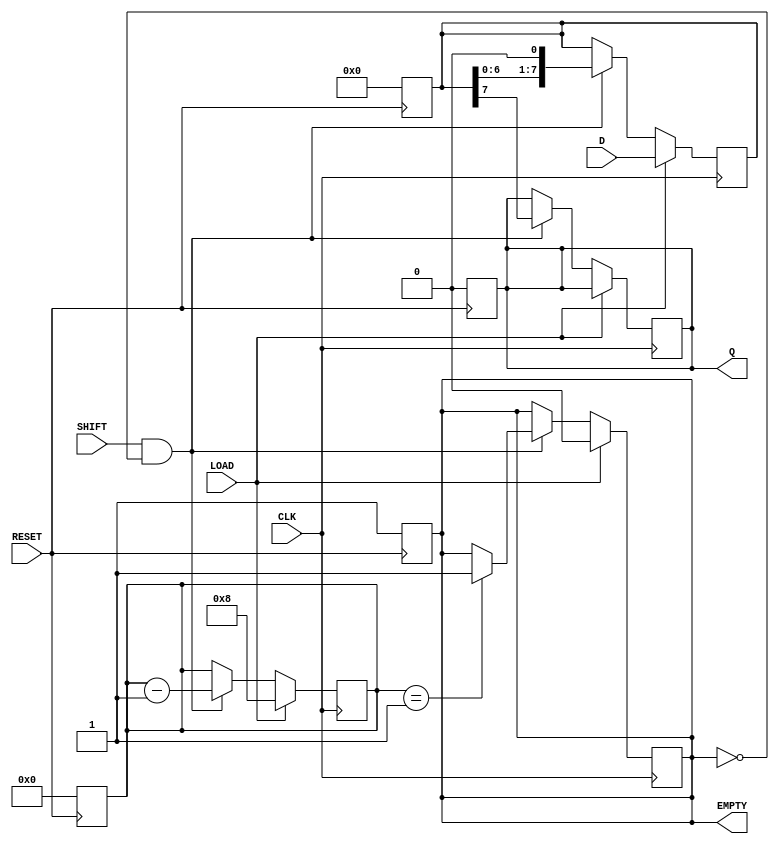
module PISO_Shift_Register #(
    parameter WIDTH = 8  // Define the width of the shift register
)(
    input wire [WIDTH-1:0] D,    // Parallel data inputs
    input wire LOAD,              // Load control signal
    input wire CLK,               // Clock signal
    input wire SHIFT,             // Shift control signal
    input wire RESET,             // Asynchronous reset signal
    output reg Q,                 // Serial output
    output reg EMPTY              // Empty signal
);

    // Internal shift register
    reg [WIDTH-1:0] shift_reg;
    reg [3:0] bit_counter; // Counter to keep track of shifted bits

    // Asynchronous reset
    always @(posedge RESET) begin
        shift_reg <= 0;
        Q <= 0;
        EMPTY <= 1; // Initially empty after reset
        bit_counter <= 0; // Reset counter
    end

    // Main operation on clock edge
    always @(posedge CLK) begin
        if (LOAD) begin
            // Load the parallel data into the shift register
            shift_reg <= D;
            EMPTY <= 0; // Register is no longer empty after loading
            bit_counter <= WIDTH; // Set counter to WIDTH when loading
        end
        else if (SHIFT && !EMPTY) begin
            // Shift data serially out
            Q <= shift_reg[WIDTH-1]; // Output the MSB
            shift_reg <= shift_reg << 1; // Shift left
            bit_counter <= bit_counter - 1; // Decrement counter

            // Check if the register is empty after shifting
            if (bit_counter == 1) begin
                EMPTY <= 1; // Set EMPTY signal if no bits left
            end
        end
    end

endmodule